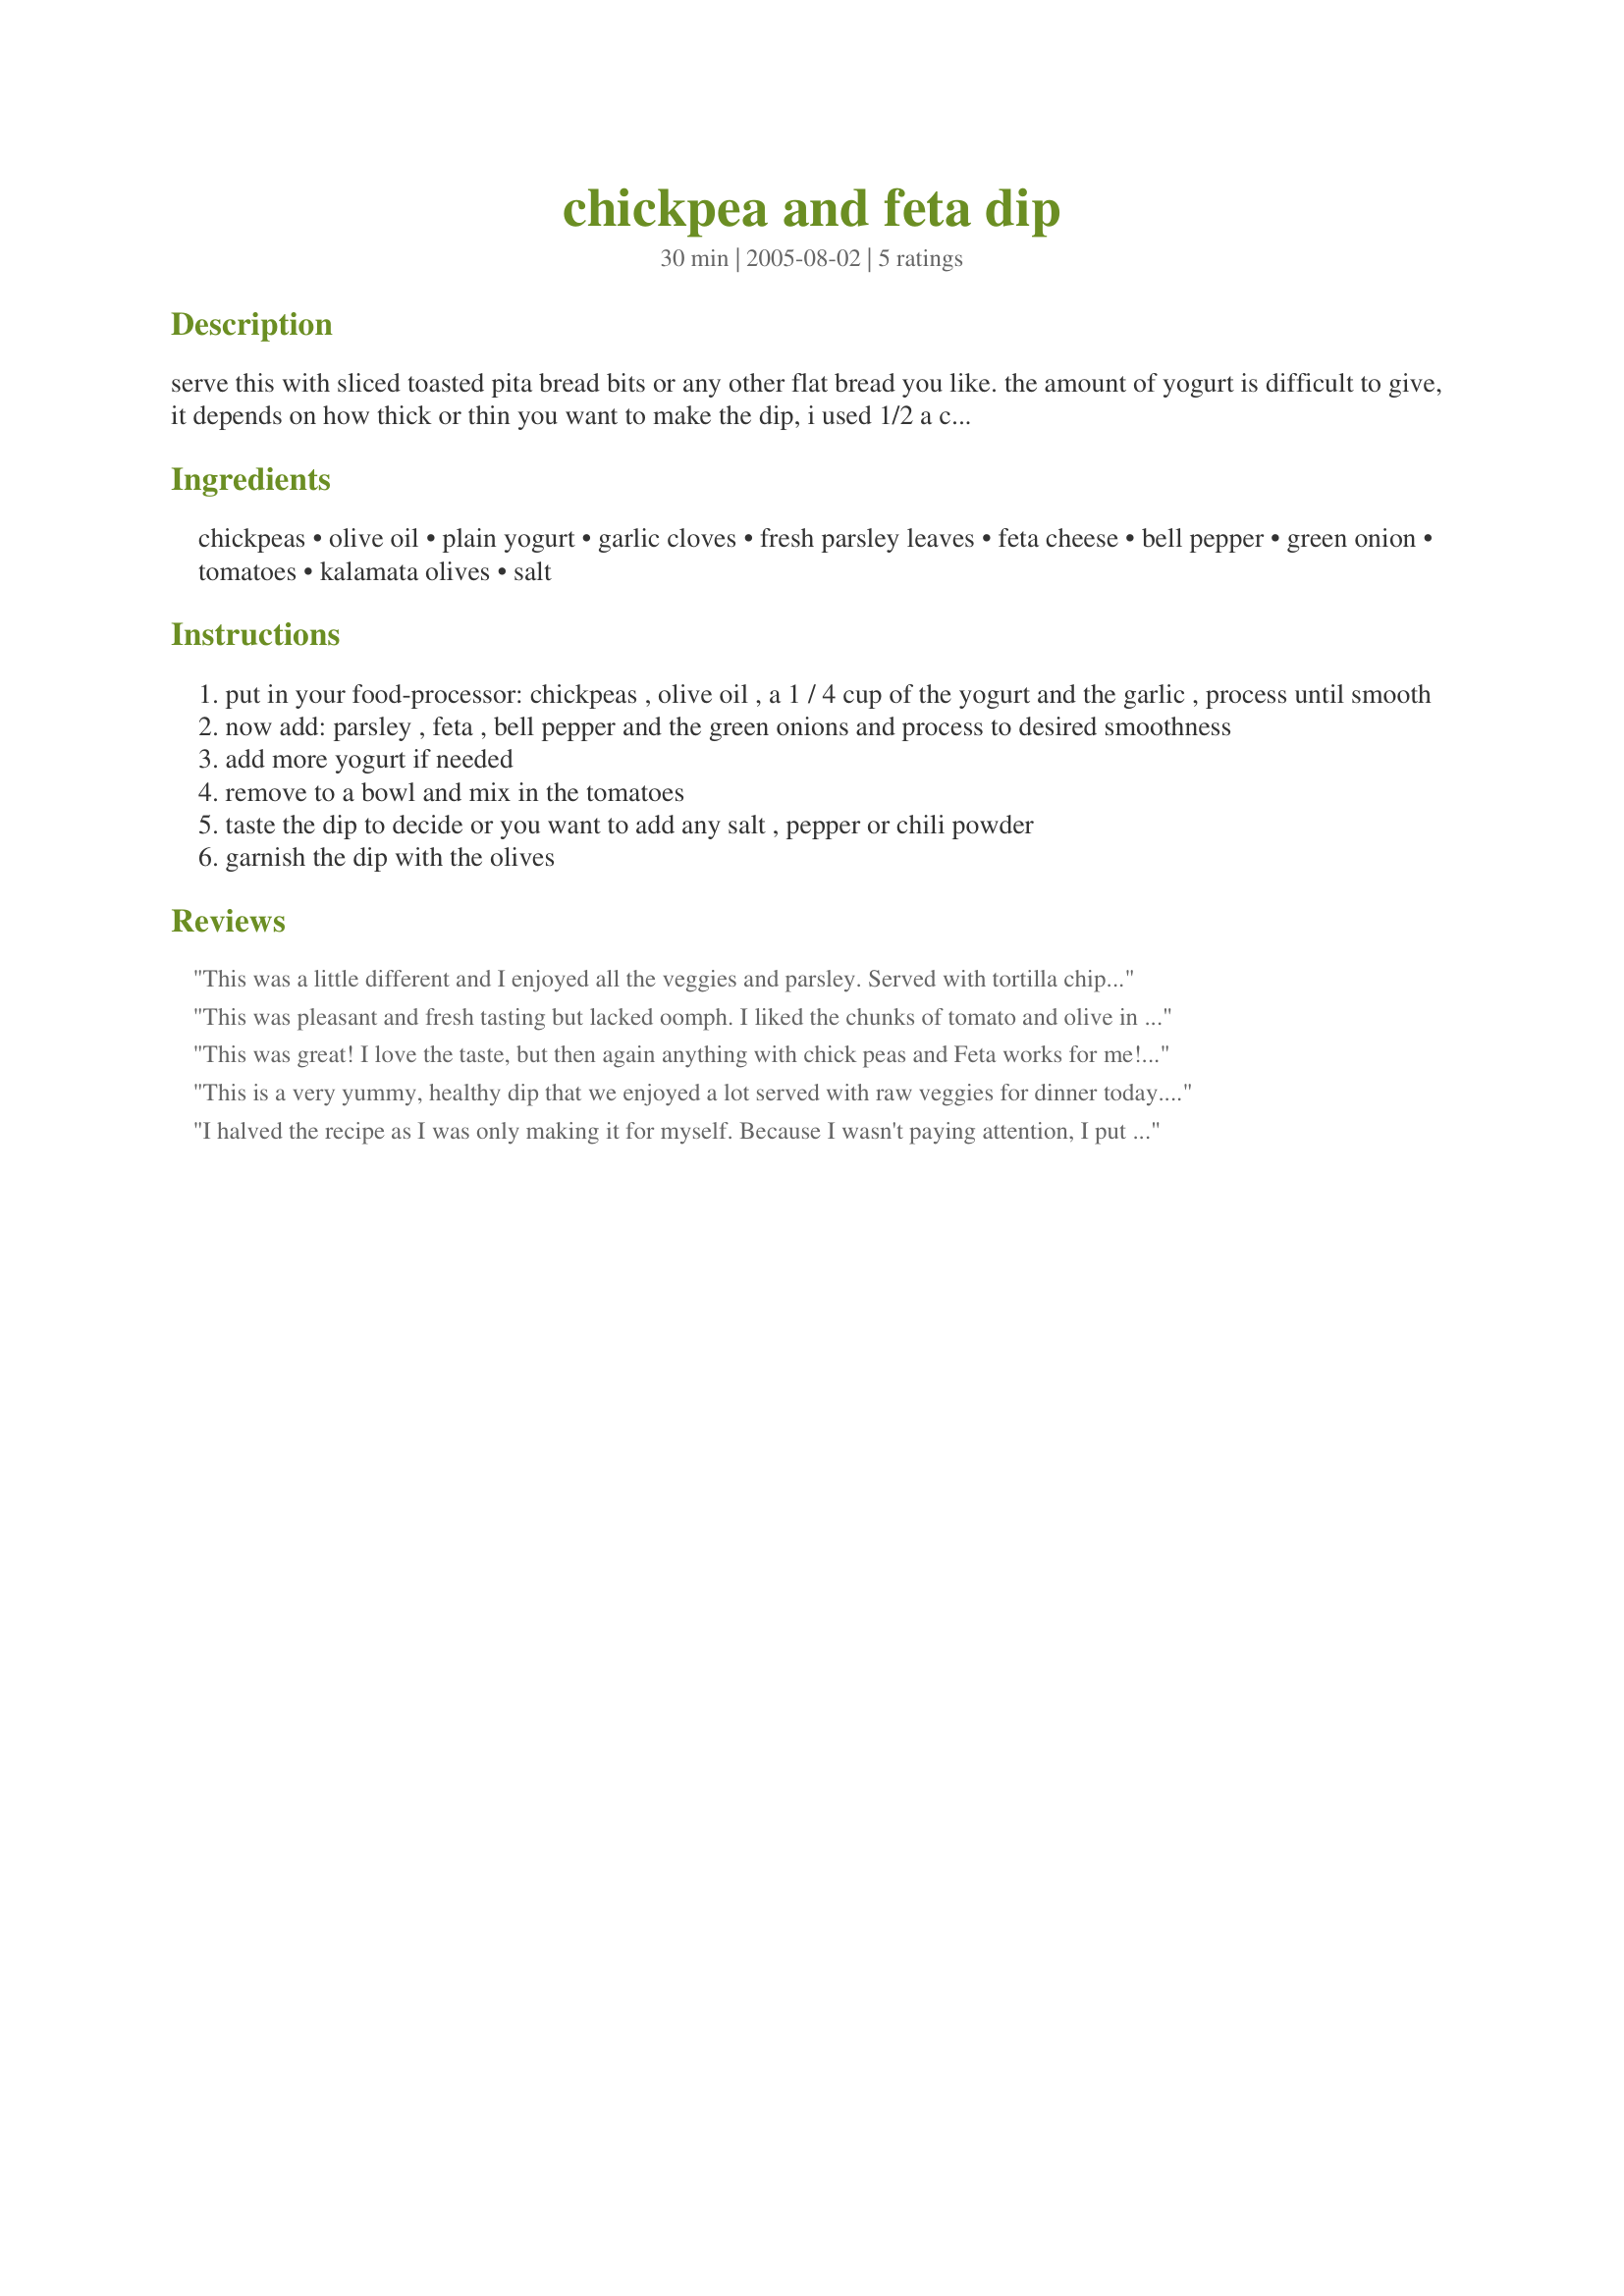
chickpea and feta dip
Preparation time: 30 minutes

serve this with sliced toasted pita bread bits or any other flat bread you like.
the amount of yogurt is difficult to give, it depends on how thick or thin you want to make the dip, i used 1/2 a cup.
you can make this dip chunky or very smooth whatever you prefer.

Ingredients:
chickpeas, olive oil, plain yogurt, garlic cloves, fresh parsley leaves, feta cheese, bell pepper, green onion, tomatoes, kalamata olives, salt

Steps:
put in your food-processor: chickpeas , olive oil , a 1 / 4 cup of the yogurt and the garlic , process until smooth
now add: parsley , feta , bell pepper and the green onions and process to desired smoothness
add more yogurt if needed
remove to a bowl and mix in the tomatoes
taste the dip to decide or you want to add any salt , pepper or chili powder
garnish the dip with the olives

Reviews:
This was a little different and I enjoyed all the veggies and parsley. Served with tortilla chips. Made in memory of our dear Annelies.
This was pleasant and fresh tasting but lacked oomph. I liked the chunks of tomato and olive in the dip but I think the green onions were too subtle a flavor with the other ingredients.
This was great! I love the taste, but then again anything with chick peas and Feta works for me! It was easy to make, and the ingredients are there for the taking. The only thing I found was that I used a red bell pepper, and it did turn the dip just a little pink. But that didn't bother me! The only thing I did different was used grape tomatoes for the regular tomatoes-two reasons, they were already in the fridge and I like their sweeter taste. But if you use a home grown tomato it would be the same difference. The next time I'll use green peppers, they're less juicy and may keep the color cleaner. Thank you, and hey, if it turns a little green, I've got the perfect St Pattys day dip! All these recipes bring back such fond memories of being in Greece, Spain and Italy. Thank you!
This is a very yummy, healthy dip that we enjoyed a lot served with raw veggies for dinner today.
I luved the addition of tomato, bell pepper and feta to a chickpea dip. Very tasty!
The dip was refreshing, but I found the parsley a little bit overpowering. I will just use less next time.
All in all a wonderful recipe, that I will make again.
THANK YOU SO MUCH for sharing it here with us, Pets!
Made and reviewed for YOUR cookathon in the Photo Forum May 2010.
I halved the recipe as I was only making it for myself. Because I wasn't paying attention, I put the tomato in with the rest of the ingredients in the food processor. I almost threw the olives in too, but caught my mistake. Tasted good anyway lol. Used French feta, and used more than called for as I had it to use up. Surprisingly, I still had to use quite a bit of salt and pepper to bring out the flavors. Ate with plain and garlic flavor bagel chips. Good luck in the contest!
